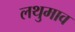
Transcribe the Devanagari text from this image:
लथुमाव